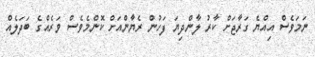
ނަމަވެސް އިއްޔެ ގަރާޖަށް ކާރު ލާންދިޔަ ފަހުން ރެޔާންއަށް ކޮންމެވެސް ވަރެއްގެ ބަދަލެއް